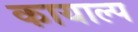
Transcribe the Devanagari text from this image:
कायाल्प